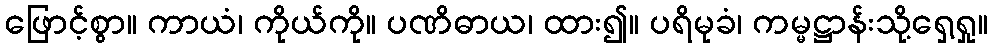
ဖြောင့်စွာ။ ကာယံ၊ ကိုယ်ကို။ ပဏိဓာယ၊ ထား၍။ ပရိမုခံ၊ ကမ္မဋ္ဌာန်းသို့ရှေ့ရှု။